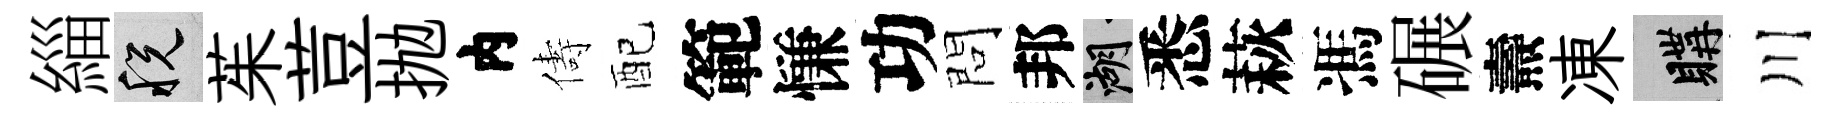
緇税茱荳抛内儔配範慊功問邦湖悉萩馮碾燾凍購川